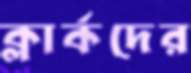
ক্লার্কদের